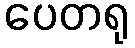
ပေတရု